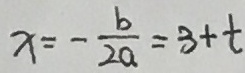
x = - \frac { b } { 2 a } = 3 + t